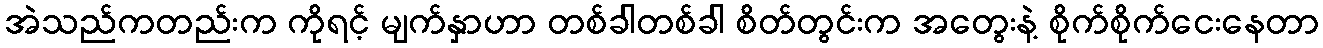
အဲသည်ကတည်းက ကိုရင့် မျက်နှာဟာ တစ်ခါတစ်ခါ စိတ်တွင်းက အတွေးနဲ့ စိုက်စိုက်ငေးနေတာ